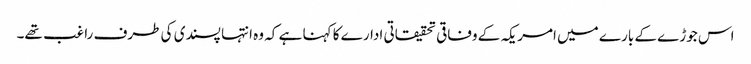
اس جوڑے کے بارے میں امریکہ کے وفاقی تحقیقاتی ادارے کا کہنا ہے کہ وہ انتہا پسندی کی طرف راغب تھے۔